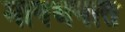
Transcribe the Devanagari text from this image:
मानधनात